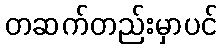
တဆက်တည်းမှာပင်